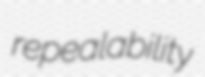
repealability